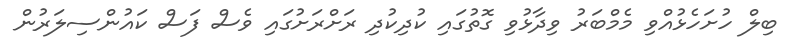
ބިލް ހުށަހެޅުއްވި މެމްބަރު ވިދާޅުވި ގޮތުގައި ކުދިކުދި ރަށްރަށުގައި ވެސް ފަސް ކައުންސިލަރުން